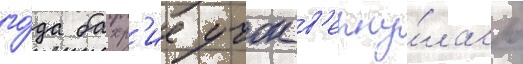
го́да бахр'ие учок в'ерну́лась